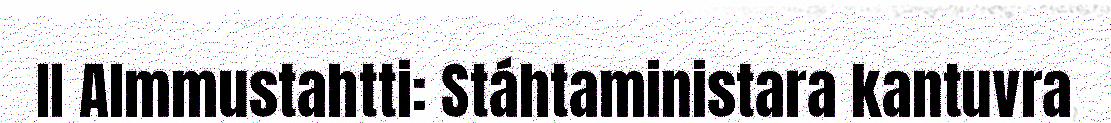
II Almmustahtti: Stáhtaministara kantuvra